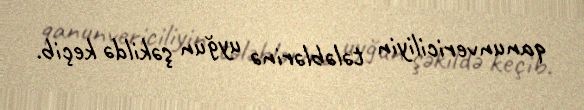
qanunvericiliyin tələblərinə uyğun şəkildə keçib.